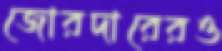
জোরদারেরও